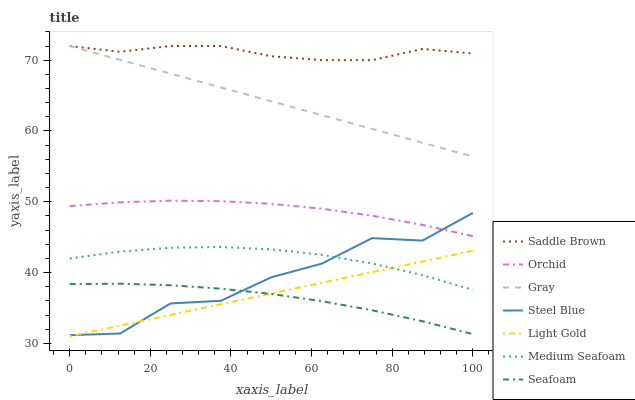
| xaxis_label | Saddle Brown | Orchid | Gray | Steel Blue | Light Gold | Medium Seafoam | Seafoam |
 | --- | --- | --- | --- | --- | --- | --- | --- |
 | 0 | 72 | 49.4 | 72 | 31.1 | 31 | 42 | 38.4 |
 | 12.5 | 71.2 | 49.9 | 70 | 31.4 | 32.5 | 43 | 38.4 |
 | 25 | 72 | 50.2 | 68.1 | 35.6 | 34 | 43.5 | 38.2 |
 | 37.5 | 72 | 50.1 | 66.1 | 36 | 35.5 | 43.6 | 37.7 |
 | 50 | 70.6 | 49.7 | 64.2 | 39.3 | 37 | 43.3 | 37 |
 | 62.5 | 70 | 49 | 62.2 | 41.3 | 38.5 | 42.5 | 36 |
 | 75 | 70 | 48 | 60.3 | 44.9 | 40.1 | 41.3 | 34.7 |
 | 87.5 | 71.6 | 46.7 | 58.3 | 44.5 | 41.6 | 39.6 | 33.1 |
 | 100 | 70.9 | 45.1 | 56.4 | 48.4 | 43.1 | 37.5 | 31.3 |